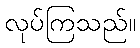
လုပ်ကြသည်။